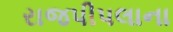
રાજપીપલાના